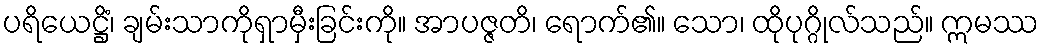
ပရိယေဋ္ဌိံ၊ ချမ်းသာကိုရှာမှီးခြင်းကို။ အာပဇ္ဇတိ၊ ရောက်၏။ သော၊ ထိုပုဂ္ဂိုလ်သည်။ ဣမဿ